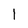
Character: 1